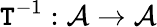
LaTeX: \mathtt{T}^{-1}:{\mathcal{{A}}}\to{\mathcal{{A}}}